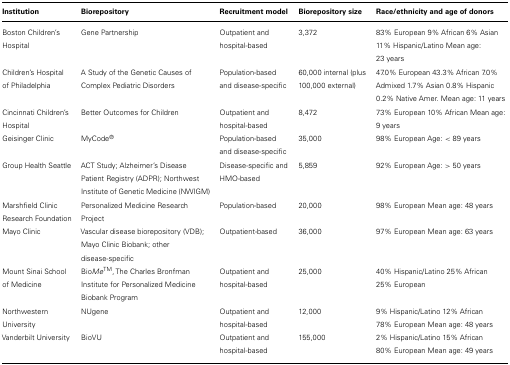
| Institution | Biorepository | Recruitment model | Biorepository size | Race/ethnicity and age of donors |
 | --- | --- | --- | --- | --- |
 | Boston Children’s Hospital | Gene Partnership | Outpatient and hospital-based | 3,372 | 83% European 9% African 6% Asian 11% Hispanic/Latino Mean age: 23 years |
 | Children’s Hospital of Philadelphia | A Study of the Genetic Causes of Complex Pediatric Disorders | Population-based and disease-specific | 60,000 internal (plus 100,000 external) | 47.0% European 43.3% African 7.0% Admixed 1.7% Asian 0.8% Hispanic 0.2% Native Amer. Mean age: 11 years |
 | Cincinnati Children’s Hospital | Better Outcomes for Children | Outpatient and hospital-based | 8,472 | 73% European 10% African Mean age: 9 years |
 | Geisinger Clinic | MyCode® | Population-based and disease-specific | 35,000 | 98% European Age: < 89 years |
 | Group Health Seattle | ACT Study; Alzheimer’s Disease Patient Registry (ADPR); Northwest Institute of Genetic Medicine (NWIGM) | Disease-specific and HMO-based | 5,859 | 92% European Age: > 50 years |
 | Marshfield Clinic Research Foundation | Personalized Medicine Research Project | Population-based | 20,000 | 98% European Mean age: 48 years |
 | Mayo Clinic | Vascular disease biorepository (VDB); Mayo Clinic Biobank; other disease-specific | Outpatient-based | 36,000 | 97% European Mean age: 63 years |
 | Mount Sinai School of Medicine | BioMeTM, The Charles Bronfman Institute for Personalized Medicine Biobank Program | Outpatient and hospital-based | 25,000 | 40% Hispanic/Latino 25% African 25% European |
 | Northwestern University | NUgene | Outpatient and hospital-based | 12,000 | 9% Hispanic/Latino 12% African 78% European Mean age: 48 years |
 | Vanderbilt University | BioVU | Outpatient and hospital-based | 155,000 | 2% Hispanic/Latino 15% African 80% European Mean age: 49 years |